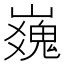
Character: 𪩜